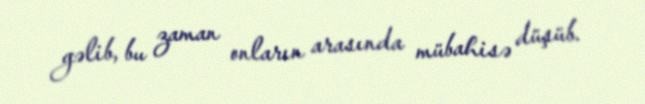
gəlib, bu zaman onların arasında mübahisə düşüb.